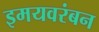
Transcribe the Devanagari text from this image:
इमयवरंबन